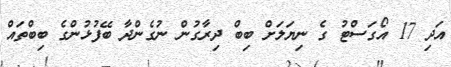
އަދި 17 އޯގަސްޓު ގެ ނިޔަލަށް ބިބް ދިރާގުން ނުގެންދާ ބޭފުޅުންގެ ބިބްތައް